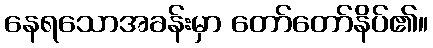
နေရသောအခန်းမှာ တော်တော်နိပ်၏။